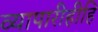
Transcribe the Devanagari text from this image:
व्यापारीहीहि